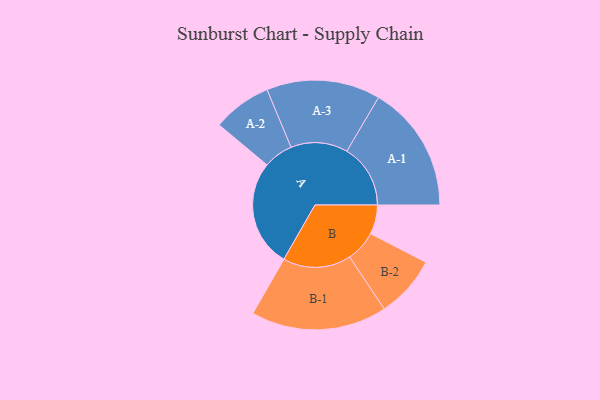
{"axis": {"x": "Segment", "y": "Value"}, "legend": ["", "A", "B"], "data": [{"x": "A", "y": 414, "type": ""}, {"x": "B", "y": 113, "type": ""}, {"x": "A-1", "y": 246, "type": "A"}, {"x": "A-2", "y": 114, "type": "A"}, {"x": "A-3", "y": 220, "type": "A"}, {"x": "B-1", "y": 263, "type": "B"}, {"x": "B-2", "y": 120, "type": "B"}]}